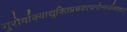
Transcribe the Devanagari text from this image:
गुरोर्वाक्याद्युक्तिप्रचयरचनोन्मार्जनवशात्